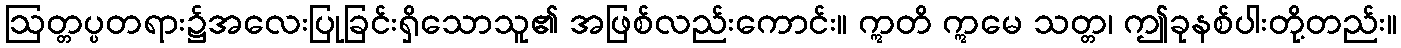
ဩတ္တပ္ပတရား၌အလေးပြုခြင်းရှိသောသူ၏ အဖြစ်လည်းကောင်း။ ဣတိ ဣမေ သတ္တ၊ ဤခုနစ်ပါးတို့တည်း။